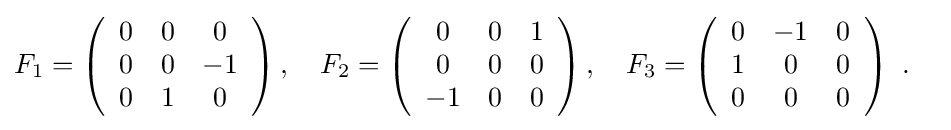
F_{1}=\left({\begin{array}{ccc}0&0&0\\0&0&-1\\0&1&0\end{array}}\right),\quad F_{2}=\left({\begin{array}{ccc}0&0&1\\0&0&0\\-1&0&0\end{array}}\right),\quad F_{3}=\left({\begin{array}{ccc}0&-1&0\\1&0&0\\0&0&0\end{array}}\right)~.\quad